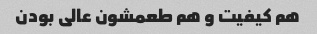
هم کیفیت و هم طعمشون عالی بودن